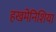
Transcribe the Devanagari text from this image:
हखमेनिशिया